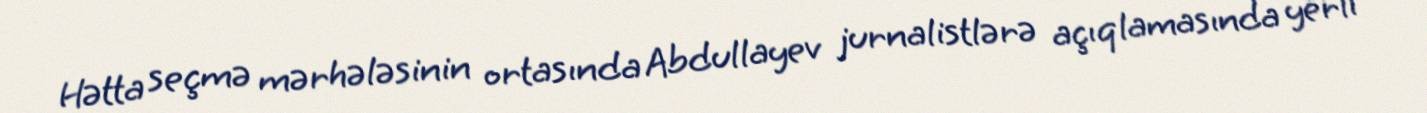
Hətta seçmə mərhələsinin ortasında Abdullayev jurnalistlərə açıqlamasında yerli